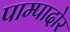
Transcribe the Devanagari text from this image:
पाम्पादोर